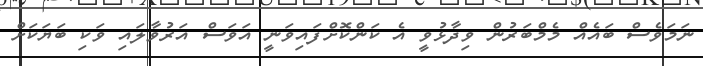
ނަމަވެސް ބައެއް މެމްބަރުން ވިދާޅުވީ އެ ކަންކޮށްފައިވަނީ އަވަސް އަރުވާލައި ވަކި ބަޔަކަށް